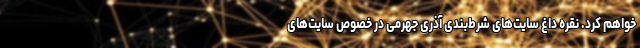
خواهم کرد. نقره داغ سایت‌های شرط‌بندی آذری جهرمی در خصوص سایت‌های